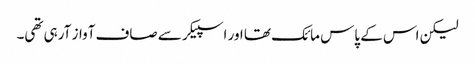
لیکن اس کے پاس مائک تھا اور اسپیکر سے صاف آواز آرہی تھی۔